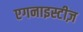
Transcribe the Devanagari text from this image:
एगनाइस्टीज़